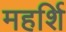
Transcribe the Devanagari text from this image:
महर्शि